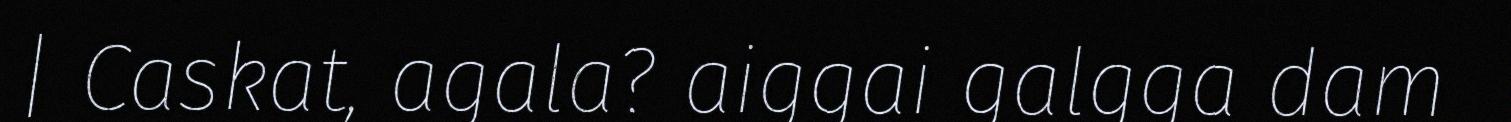
| Caskat, agala? aiggai galgga dam